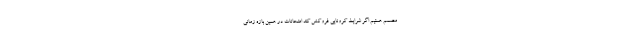
مصمم هستیم اگر شرایط کرونایی فروکش کند امتحانات در همین بازه زمانی